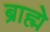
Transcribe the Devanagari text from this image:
ब्राह्मे